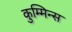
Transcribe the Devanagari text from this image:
कुम्मिन्स